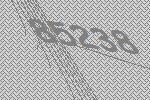
85238